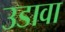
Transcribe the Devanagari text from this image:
उडावा